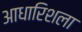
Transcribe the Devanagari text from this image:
आधारिशला